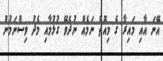
އޭނަ އާއި މައިރާ ގެ މިއޮތް ނަމެއް ނުދެވޭ ގުޅުމާއި މެދު ވިސްނަމުން